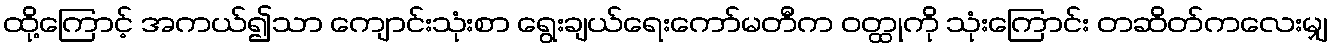
ထို့ကြောင့် အကယ်၍သာ ကျောင်းသုံးစာ ရွေးချယ်ရေးကော်မတီက ဝတ္ထုကို သုံးကြောင်း တဆိတ်ကလေးမျှ